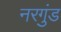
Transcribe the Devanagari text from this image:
नरगुंड